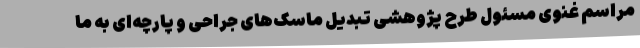
مراسم غنوی مسئول طرح پژوهشی تبدیل ماسک‌های جراحی و پارچه‌ای به ما